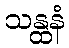
သန္ထနံ